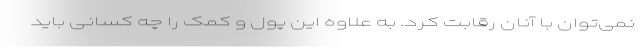
نمی‌توان با آنان رقابت کرد. به علاوه این پول و کمک را چه کسانی باید